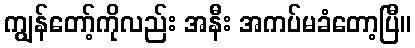
ကျွန်တော့်ကိုလည်း အနီး အကပ်မခံတော့ပြီ။